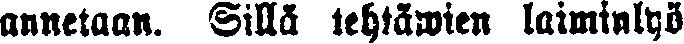
annetaan. Sillä tehtäwien laiminlyö